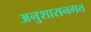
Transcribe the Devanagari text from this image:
अनुशासनगत